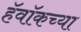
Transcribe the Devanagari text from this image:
हॅवॉकच्या